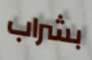
بشراب